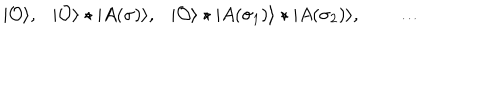
LaTeX: | { \cal O } \rangle , | { \cal O } \rangle \star | A ( \sigma ) \rangle , | { \cal O } \rangle \star | A ( \sigma _ { 1 } ) \rangle \star | A ( \sigma _ { 2 } ) \rangle , \qquad \dots